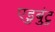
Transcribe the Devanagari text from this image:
एडुबुंटु